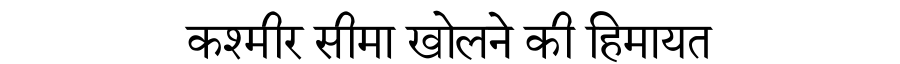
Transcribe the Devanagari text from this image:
कश्मीर सीमा खोलने की हिमायत